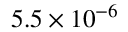
5 . 5 \times 1 0 ^ { - 6 }